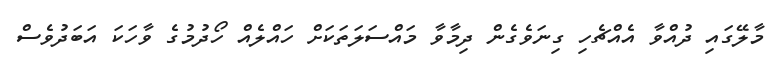
މާލޭގައި ދުއްވާ އެއްޗެހި ގިނަވެގެން ދިމާވާ މައްސަލަތަކަށް ހައްލެއް ހޯދުމުގެ ވާހަކަ އަބަދުވެސް